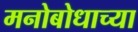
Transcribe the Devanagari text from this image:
मनोबोधाच्या